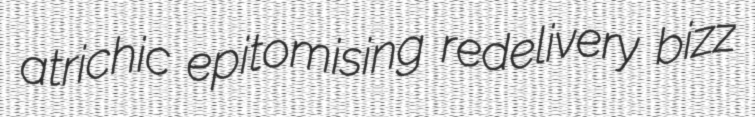
atrichic epitomising redelivery bizz